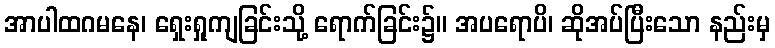
အာပါထဂမနေ၊ ရှေးရှုကျခြင်းသို့ ရောက်ခြင်း၌။ အပရောပိ၊ ဆိုအပ်ပြီးသော နည်းမှ